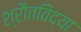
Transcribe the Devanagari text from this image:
श्रौतविद्या